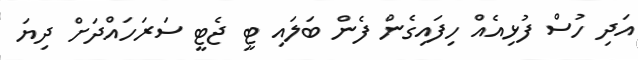
އަދި ހުސް ފުޅިއެއް ހިފައިގެން ފެން ބަލައި ޓީ ޖެޓީ ސަރަަހައްދަށް ދިޔަ